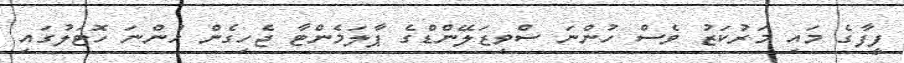
ފީފާގެ މައި މަރުކަޒު ވެސް ހުންނަ ސްވިޒަލޭންޑްގެ ޕާލަމެންޓާ ޖެހިގެން ހުންނަ ހޮޓަލުގައި